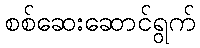
စစ်ဆေးဆောင်ရွက်